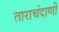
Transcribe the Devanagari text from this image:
ताराचंदाणी